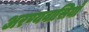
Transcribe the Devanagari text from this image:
अरण्यवासियों